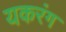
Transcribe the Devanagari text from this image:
यकरंग